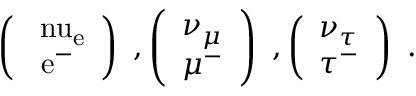
\left( \begin{array} { c } { { \mathrm { \ n u _ { e } } } } \\ { { \mathrm { e ^ { - } } } } \end{array} \right) ~ , \left( \begin{array} { c } { { \nu _ { \mu } } } \\ { { \mu ^ { - } } } \end{array} \right) ~ , \left( \begin{array} { c } { { \nu _ { \tau } } } \\ { { \tau ^ { - } } } \end{array} \right) ~ .